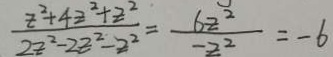
\frac { z ^ { 2 } + 4 z ^ { 2 } + z ^ { 2 } } { 2 z ^ { 2 } - 2 z ^ { 2 } - z ^ { 2 } } = \frac { 6 z ^ { 2 } } { - z ^ { 2 } } = - 6